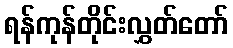
ရန်ကုန်တိုင်းလွှတ်တော်